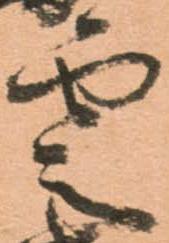
雲